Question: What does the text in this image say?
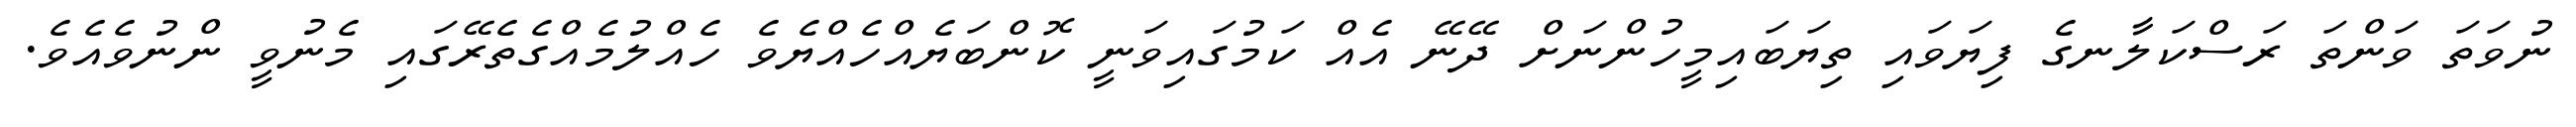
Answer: ނުވަތަ ވަންތަ ރަސްކަލާނގެ ފިޔަވައި ތިޔަބައިމީހުންނަށް ދޭނޭ އެއް ކަމުގައިވަނީ ކޮންބަޔެއްހެއްޔެވެ ހެއްލުމެއްގެތެރޭގައި މެނުވީ ންނުވެއެވެ.